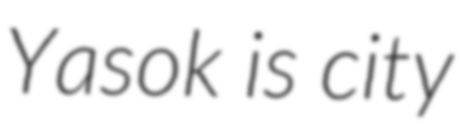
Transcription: Yasok is city